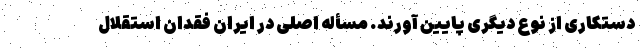
دستکاری از نوع دیگری پایین آورند. مسأله اصلی در ایران فقدان استقلال